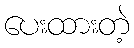
ပေးထားတဲ့